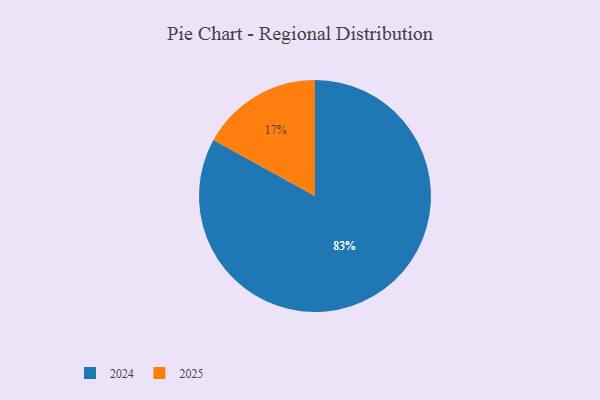
{"axis": {"x": "Category", "y": "Percentage"}, "legend": ["2024", "2025"], "data": [{"x": "2024", "y": 83, "type": "2024"}, {"x": "2025", "y": 17, "type": "2025"}]}